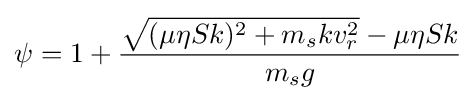
\psi =1+{\frac {{\sqrt {(\mu \eta Sk)^{2}+m_{s}kv_{r}^{2}}}-\mu \eta Sk}{m_{s}g}}